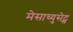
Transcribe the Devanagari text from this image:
मेसाच्युसेट्स